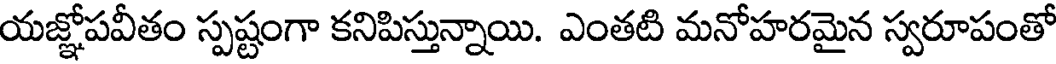
యజ్ఞోపవీతం స్పష్టంగా కనిపిస్తున్నాయి. ఎంతటి మనోహరమైన స్వరూపంతో